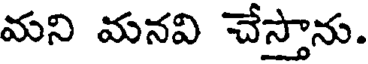
మని మనవి చేస్తాను.